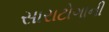
સારાટોગાની